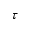
\tau